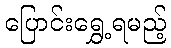
ပြောင်းရွှေ့ရမည့်